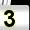
Digit: 3